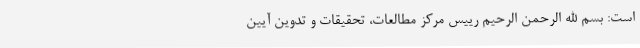
است: بسم الله الرحمن الرحیم رییس مرکز مطالعات، تحقیقات و تدوین آیین